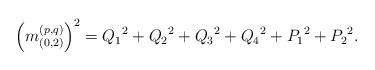
\begin{align*}\left(m^{(p, q)}_{(0,2)}\right)^2 = {Q_{1}}^2 + {Q_{2}}^2 + {Q_{3}}^2 + {Q_{4}}^2 + {P_{1}}^2 + {P_{2}}^2.\end{align*}